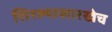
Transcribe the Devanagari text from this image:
शिरल्यासारखेच